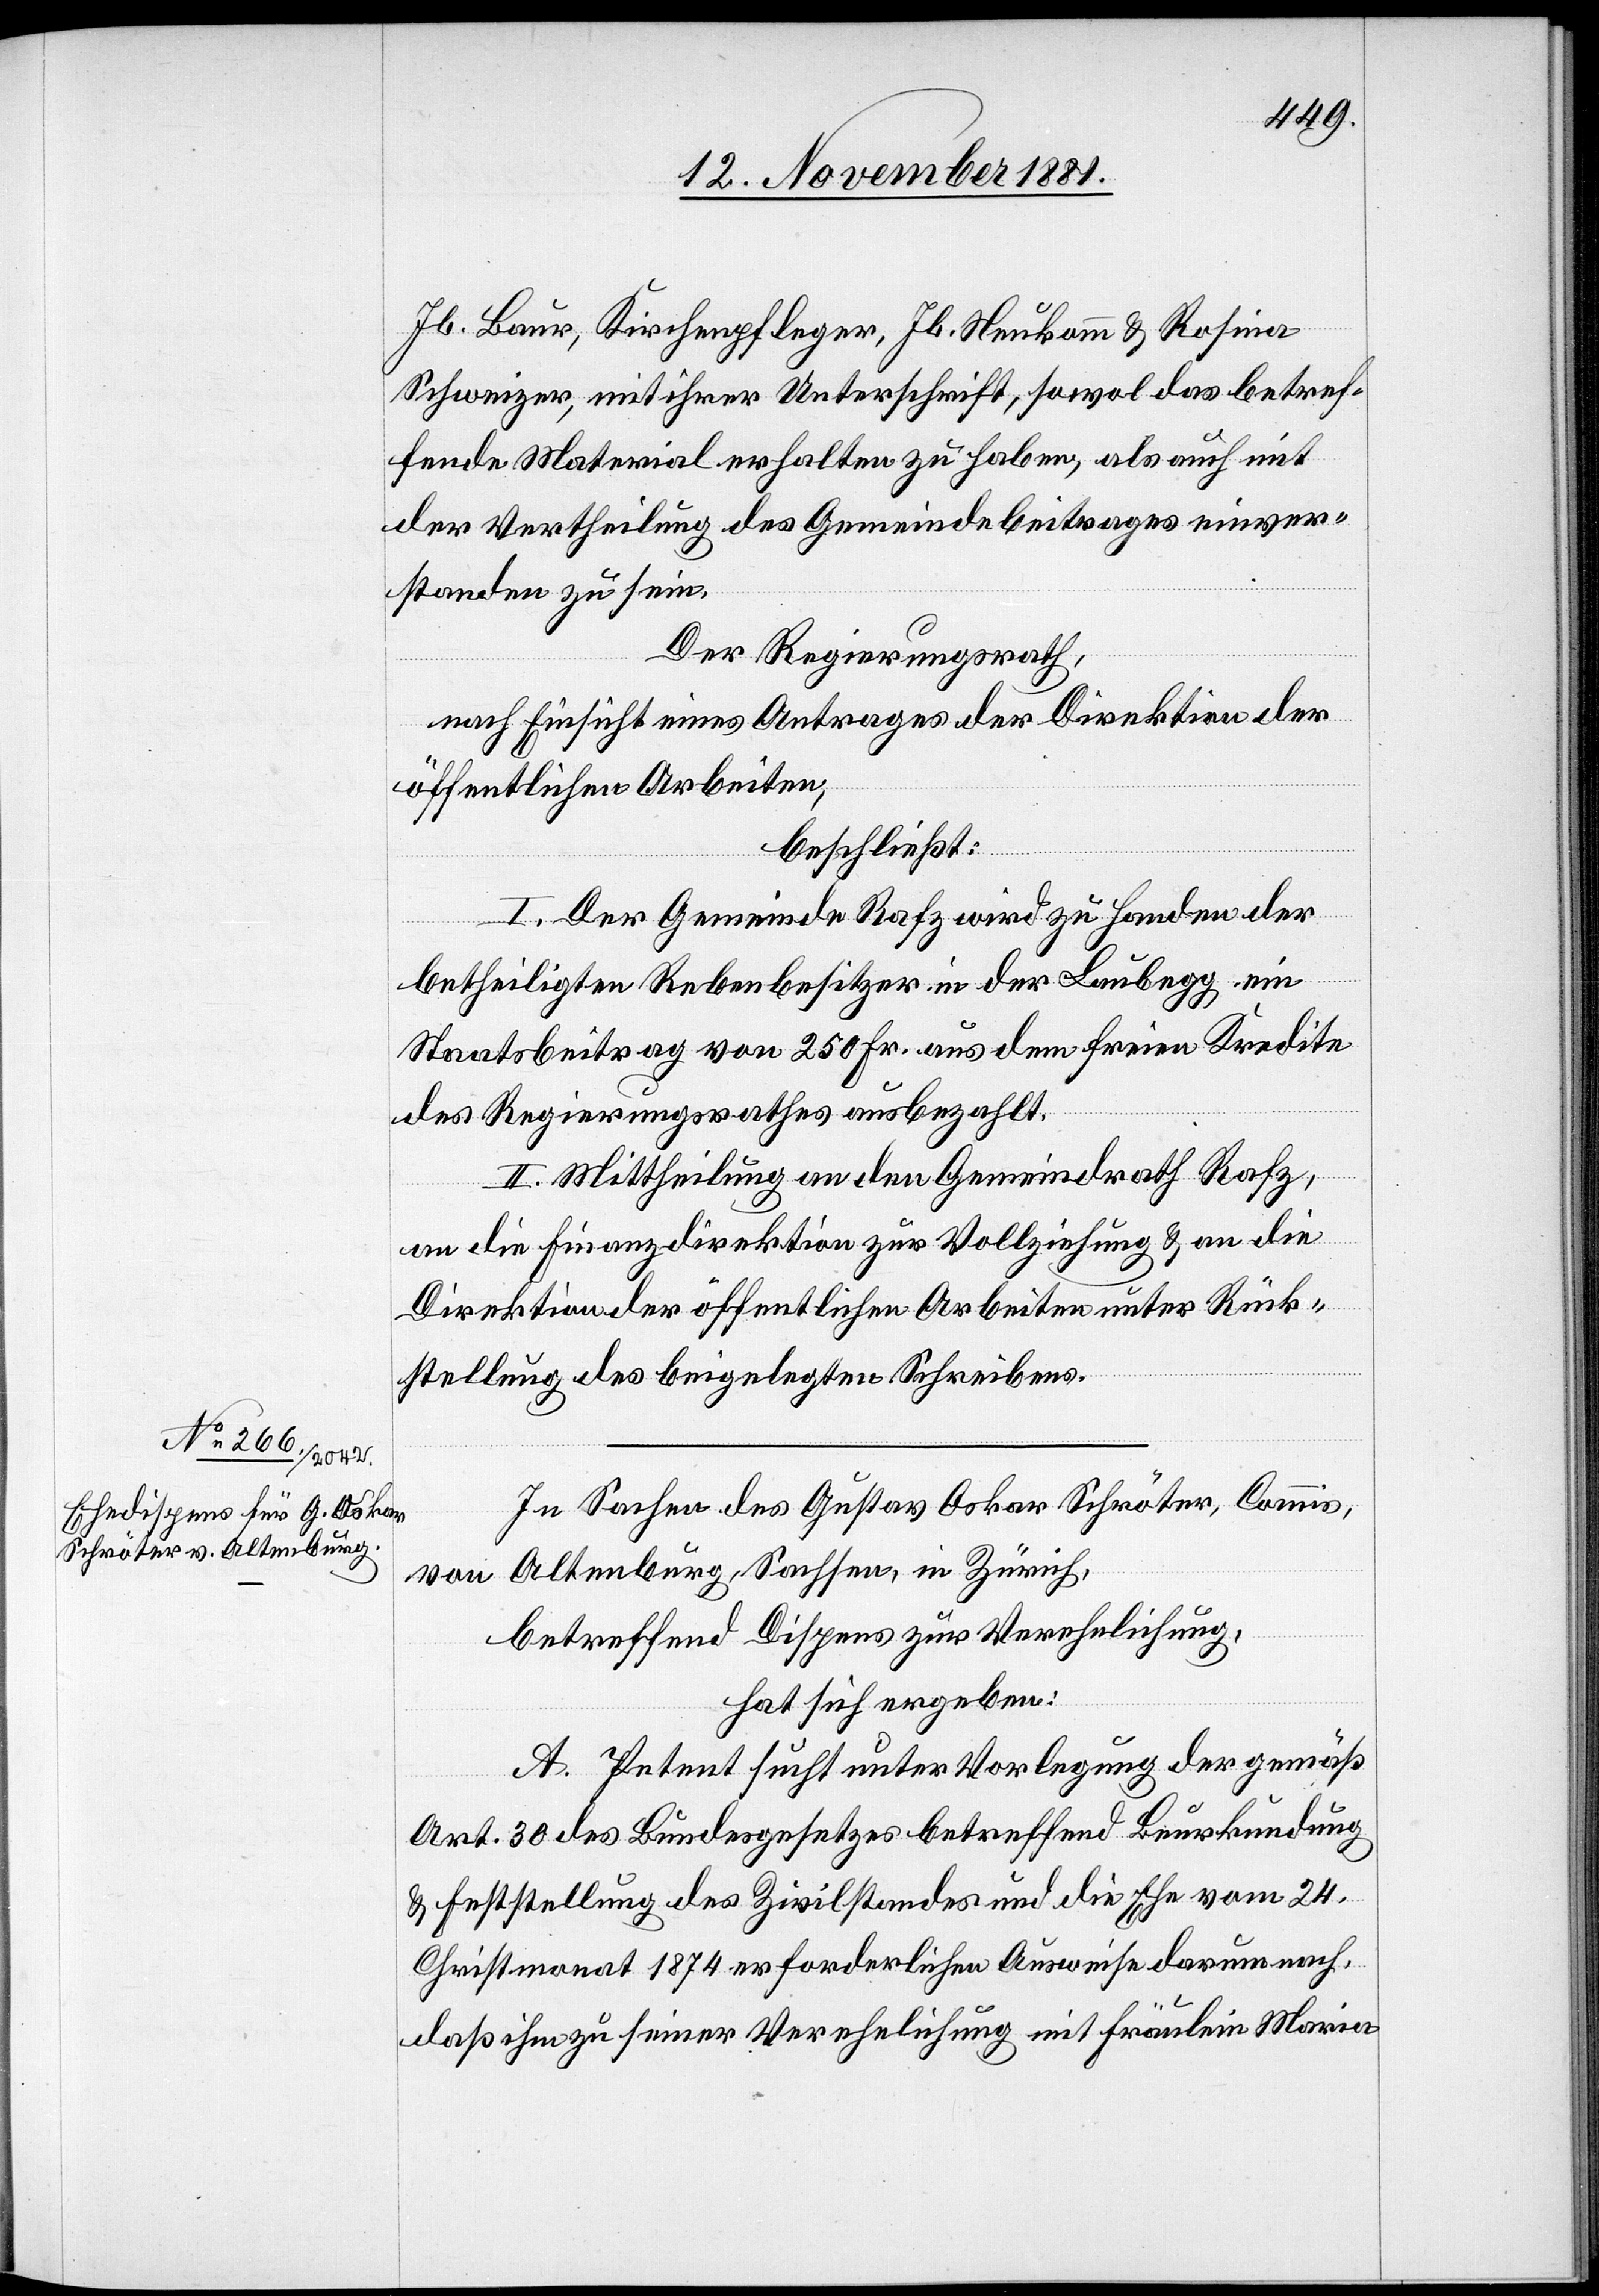
Jb. Baur, Kirchenpfleger, Jb. Neukomm & Rosina
Schweizer, mit ihrer Unterschrift, sowol das betref¬
fende Material erhalten zu haben, als auch mit
der Vertheilung des Gemeindebeitrages einver¬
standen zu sein.
Der Regierungsrath,
nach Einsicht eines Antrages der Direktion der
öffentlichen Arbeiten,
beschließt:
I. Der Gemeinde Rafz wird zu Handen der
betheiligten Rebenbesitzer in der Laubegg ein
Staatsbeitrag von 250 Fr. aus dem freien Kredite
des Regierungsrathes ausbezahlt.
II. Mittheilung an den Gemeindrath Rafz,
an die Finanzdirektion zur Vollziehung & an die
Direktion der öffentlichen Arbeiten unter Rück¬
stellung des beigelegten Schreibens.
In Sachen des Gustav Oskar Schröter, Commis,
von Altenburg, Sachsen, in Zürich,
betreffend Dispens zur Verehelichung,
hat sich ergeben:
A. Petent sucht unter Vorlegung der gemäß
Art. 30 des Bundesgesetztes betreffend Beurkundung
& Feststellung des Zivilstandes und die Ehe vom 24.
Christmonat 1874 erforderlichen Ausweise darum nach,
daß ihm zu seiner Verehelichung mit Fräulein Maria